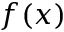
f ( x )